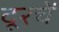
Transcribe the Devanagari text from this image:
दूरचें